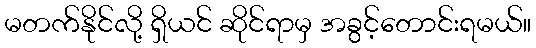
မတက်နိုင်လို့ ရှိယင် ဆိုင်ရာမှ အခွင့်တောင်းရမယ်။